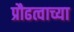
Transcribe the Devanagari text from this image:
प्रौढत्वाच्या